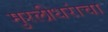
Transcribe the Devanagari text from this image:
मुरलीधरांचा